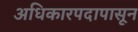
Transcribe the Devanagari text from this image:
अधिकारपदापासून